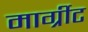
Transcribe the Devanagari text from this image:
मार्ग्रीट